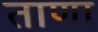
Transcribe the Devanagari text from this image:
ताणा